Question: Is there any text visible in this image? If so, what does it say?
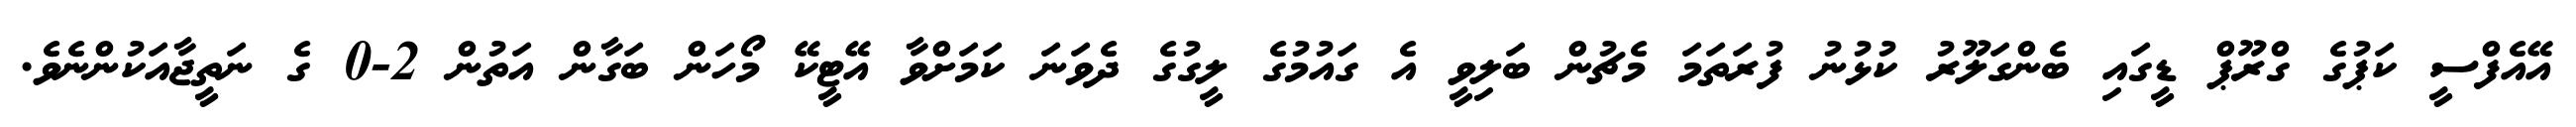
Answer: އޭއެފްސީ ކަޕުގެ ގްރޫޕް ޑީގައި ބެންގަލޫރު ކުޅުނު ފުރަތަމަ މެޗުން ބަލިވީ އެ ގައުމުގެ ލީގުގެ ދެވަނަ ކަމަށްވާ އޭޓީކޭ މޯހަން ބަގާން އަތުން 2-0 ގެ ނަތީޖާއަކުންނެވެ.